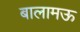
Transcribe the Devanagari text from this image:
बालामऊ